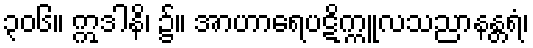
၃၀၆။ ဣဒါနိ၊ ၌။ အာဟာရေပဋိက္ကူလသညာနန္တရံ၊